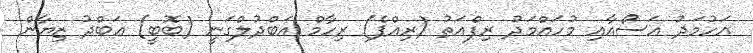
އަހުމަދު އަސޯއާއި މުހައްމަދު ރިފްއަތު (ރިއްޕެ) ރިހާމް އަބްދުލްގަނީ (ބޮބީ) ޢަބްދު ޒިޔާން